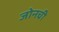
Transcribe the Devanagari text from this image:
जोनची